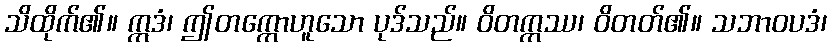
သိထိုက်၏။ ဣဒံ၊ ဤတက္ကောဟူသော ပုဒ်သည်။ ဝိတက္ကဿ၊ ဝိတတ်၏။ သဘာဝပဒံ၊